Civil Veterinary Department ledger series I-VI
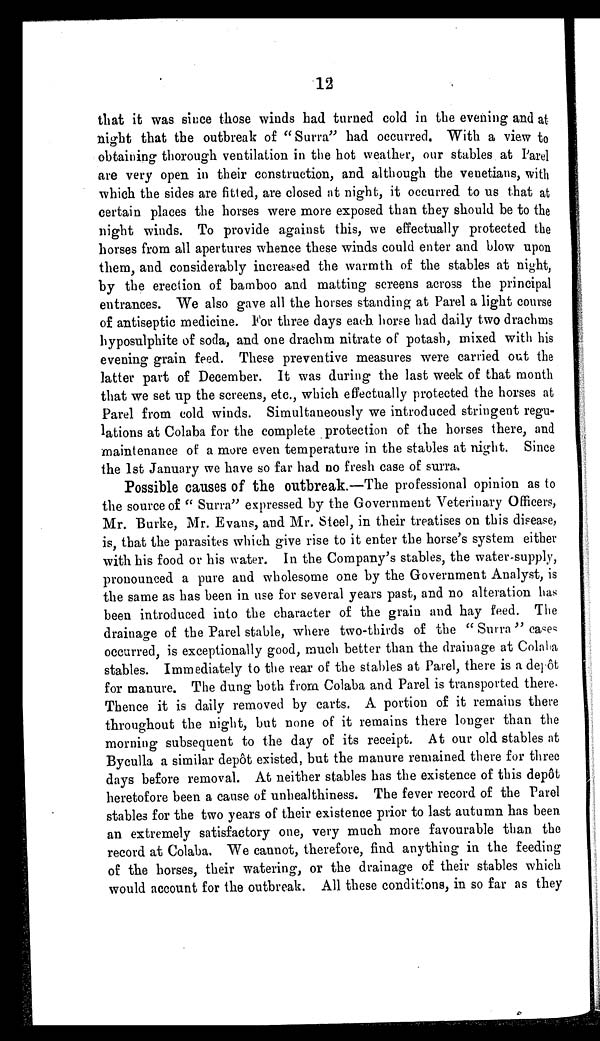
12
that it was since those winds had turned cold in the evening and at
night that the outbreak of "Surra" had occurred. With a view to
obtaining thorough ventilation in the hot weather, our stables at Parel
are very open in their construction, and although the Venetians, with
which the sides are fitted, are closed at night, it occurred to us that at
certain places the horses were more exposed than they should be to the
night winds. To provide against this, we effectually protected the
horses from all apertures whence these winds could enter and blow upon
them, and considerably increased the warmth of the stables at night,
by the erection of bamboo and matting screens across the principal
entrances. We also gave all the horses standing at Parel a light course
of antiseptic medicine. For three days each horse had daily two drachms
hyposulphite of soda, and one drachm nitrate of potash, mixed with his
evening grain feed. These preventive measures were carried out the
latter part of December. It was during the last week of that month
that we set up the screens, etc., which effectually protected the horses at
Parel from cold winds. Simultaneously we introduced stringent regu-
lations at Colaba for the complete protection of the horses there, and
maintenance of a more even temperature in the stables at night. Since
the 1st January we have so far had no fresh case of surra.
Possible causes of the outbreak.—The professional opinion as to
the source of "Surra" expressed by the Government Veterinary Officers,
Mr. Burke, Mr. Evans, and Mr. Steel, in their treatises on this disease,
is, that the parasites which give rise to it enter the horse's system either
with his food or his water. In the Company's stables, the water-supply,
pronounced a pure and wholesome one by the Government Analyst, is
the same as has been in use for several years past, and no alteration has
been introduced into the character of the grain and hay feed. The
drainage of the Parel stable, where two-thirds of the "Surra" cases
occurred, is exceptionally good, much better than the drainage at Colaba
stables. Immediately to the rear of the stables at Parel, there is a depôt
for manure. The dung both from Colaba and Parel is transported there.
Thence it is daily removed by carts. A portion of it remains there
throughout the night, but none of it remains there longer than the
morning subsequent to the day of its receipt. At our old stables at
Byculla a similar depôt existed, but the manure remained there for three
days before removal. At neither stables has the existence of this depôt
heretofore been a cause of unhealthiness. The fever record of the Parel
stables for the two years of their existence prior to last autumn has been
an extremely satisfactory one, very much more favourable than the
record at Colaba. We cannot, therefore, find anything in the feeding
of the horses, their watering, or the drainage of their stables which
would account for the outbreak. All these conditions, in so far as they